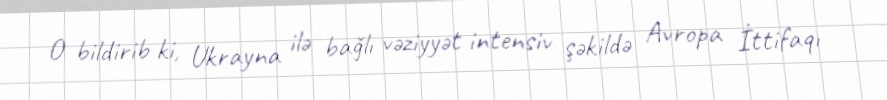
O bildirib ki, Ukrayna ilə bağlı vəziyyət intensiv şəkildə Avropa İttifaqı